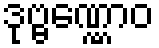
ဒုဗ္ဗဏ္ဏောဝ